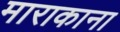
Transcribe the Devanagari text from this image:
माराकाना